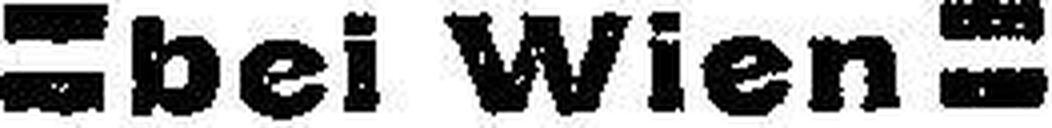
=bei Wien=